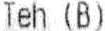
TEH (B)